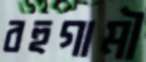
বহুগামী